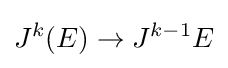
J^{k}(E)\to J^{k-1}E